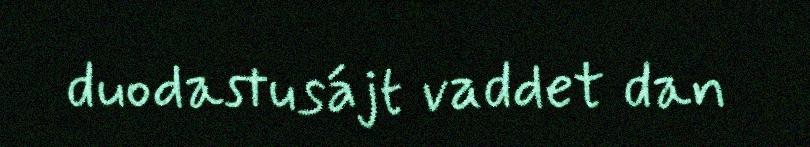
duodastusájt vaddet dan